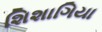
શિશાગિયા